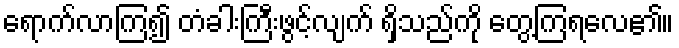
ရောက်လာကြ၍ တံခါးကြီးဖွင့်လျက် ရှိသည်ကို တွေ့ကြရလေ၏။